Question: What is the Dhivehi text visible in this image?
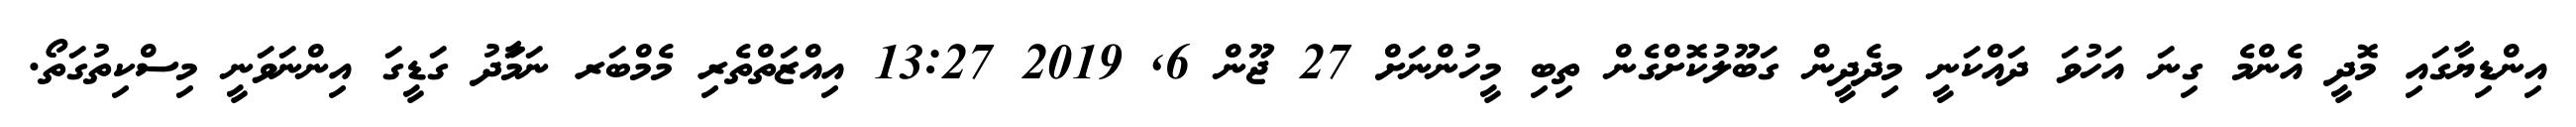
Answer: އިންޑިޔާގައި މޮދީ އެންމެ ގިނަ އަހުވަ ދައްކަނީ މިދެދީން ގަބޫލުކޮށްގެން ތިބި މީހުންނަށް 27 ޖޫން 6, 2019 13:27 އިއްޒަތްތެރި މެމްބަރ ނަމަާދު ގަޑީގަ އިންނަވަނީ މިސްކިތުގަތޯ.